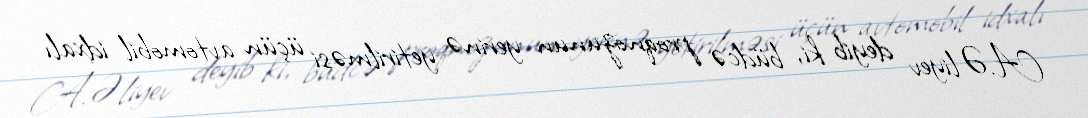
A.Əliyev deyib ki, büdcə proqnozunun yerinə yetirilməsi üçün avtomobil idxalı